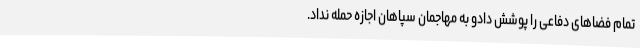
تمام فضاهای دفاعی را پوشش دادو به مهاجمان سپاهان اجازه حمله نداد.